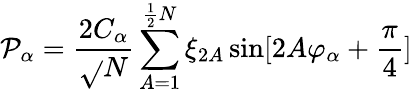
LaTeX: \mathcal{P}_{\alpha}=\frac{{2C_{\alpha}}}{{\sqrt{}{{N}}}}\sum_{A=1}^{\frac{{1}}{{2}}N}\xi_{2A}\sin[2A\varphi_{\alpha}+\frac{{\pi}}{{4}}]